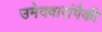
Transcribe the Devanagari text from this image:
उमेदवारांपैकी